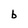
Character: b